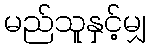
မည်သူနှင့်မျှ